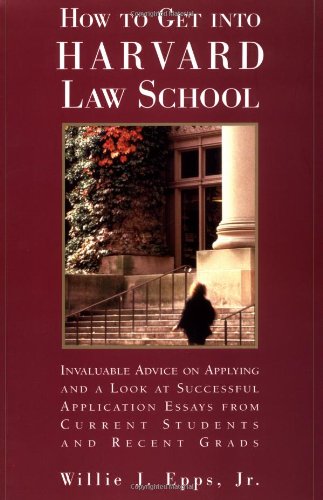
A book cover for How To Get Into Harvard Law School; Jr.,Willie Epps; Education & Teaching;